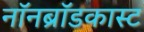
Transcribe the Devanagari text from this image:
नॉनब्रॉडकास्ट